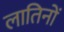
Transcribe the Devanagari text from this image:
लातिनों